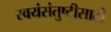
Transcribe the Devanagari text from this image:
स्वयंसंतुष्टीसाठी